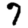
Digit: 7